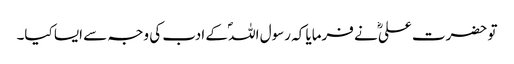
تو حضرت علیؓ نے فرمایا کہ رسول اللہؐ کے ادب کی وجہ سے ایسا کیا۔